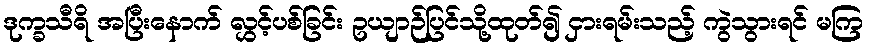
ဒုက္ခသီရိ အပြီးနောက် လွှင့်ပစ်ခြင်း ဥယျာဉ်ပြင်သို့ထုတ်၍ ငှားရမ်းသည့် ကွဲသွားရင် မကြ